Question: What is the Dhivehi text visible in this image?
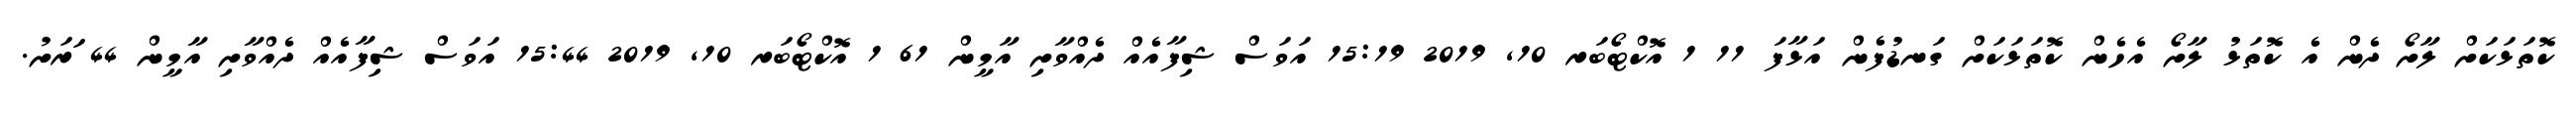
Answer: ކޮތަޅަކަށް ލާށޯ ދެން އެ ކޮތަޅު ލާށޯ އެހެން ކޮތަޅަކަށް ގަނޑުފެން އަޅާފަ 11 1 އޮކްޓޯބަރ 10, 2019 15:19 އަވަސް ޝިފާއެއް ދެއްވާށި އާމީން 61 1 އޮކްޓޯބަރ 10, 2019 15:44 އަވަސް ޝިފާއެއް ދެއްވާށި އާމީން 44 ަރަށު.